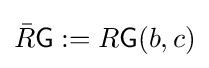
{\bar {R}}{\mathsf {G}}:=R{\mathsf {G}}(b,c)